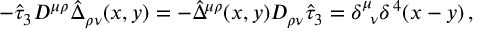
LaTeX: - \hat { \tau } _ { 3 } { \cal D } ^ { \mu \rho } \hat { \Delta } _ { \rho \nu } ( x , y ) = - \hat { \Delta } ^ { \mu \rho } ( x , y ) { \cal D } _ { \rho \nu } \hat { \tau } _ { 3 } = \delta _ { \; \; \nu } ^ { \mu } \delta ^ { \, 4 } ( x - y ) \, ,